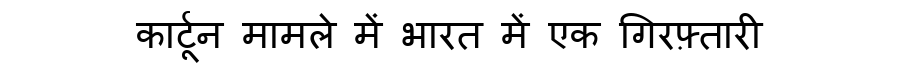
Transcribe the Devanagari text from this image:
कार्टून मामले में भारत में एक गिरफ़्तारी